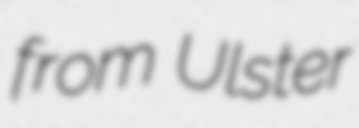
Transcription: from Ulster